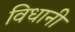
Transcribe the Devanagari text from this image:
विधानी